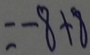
= - 8 + 8